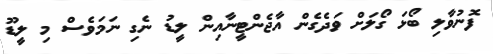
ފޮނުވާލި ބޯޅަ ގޯލަށް ވަދެގެން އާޖެންޓީނާއިން ލީޑު ނެގި ނަމަވެސް މި ލީޑޫ